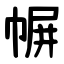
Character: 幈